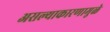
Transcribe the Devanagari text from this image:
असल्याकारणामुळे